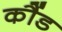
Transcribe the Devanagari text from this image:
कौंड